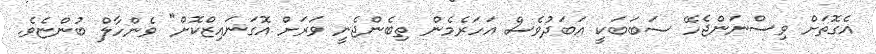
އެގޮތަށް ވިސްނަންޖެހޭ ސަބަބަކީ އަބަދުވެސް އަހަރެމެން ތިބެންޖެނީ ވަރަށް އޮގަނައިޒްކޮށް" ވެންހާލް ބުންޏެވެ.